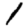
Digit: 1